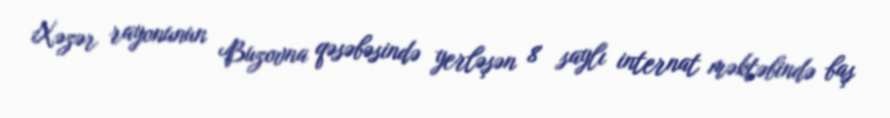
Xəzər rayonunun Buzovna qəsəbəsində yerləşən 8 saylı internat məktəbində baş